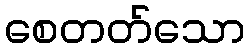
စေတတ်သော